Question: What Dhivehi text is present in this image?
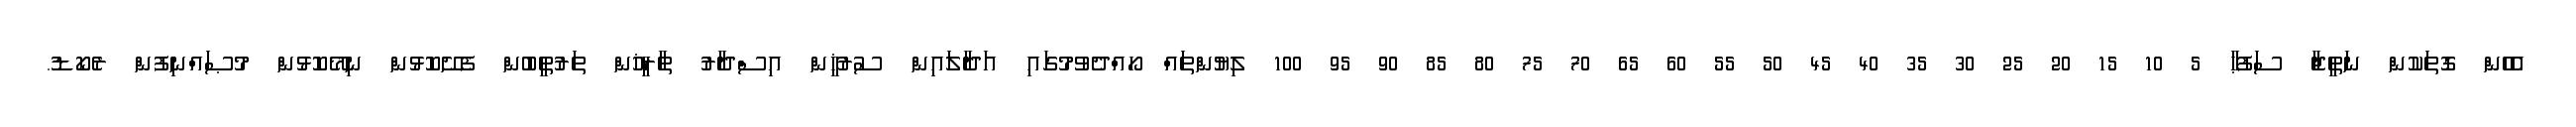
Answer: އެހެން ގޮތަކުން ނަތީޖާ ސަފުޙާ 5 10 15 20 25 30 35 40 45 50 55 60 65 70 75 80 85 90 95 100 ލިޔުންތައް ހޯއްދެވުމުގައި އަދާލައިން ސުރުޚީން އިސްދާރު ތާރީޚުން ތަރުތީބުން ފެށޭކޮޅުން ނިމޭކޮޅުން މުޞައްނިފުން ރެކޯޑު.